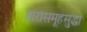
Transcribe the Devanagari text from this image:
तारासमूहसुद्धा